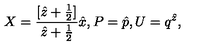
X = \frac { [ \hat { z } + \frac { 1 } { 2 } ] } { \hat { z } + \frac { 1 } { 2 } } \hat { x } , P = \hat { p } , U = q ^ { \hat { z } } ,